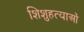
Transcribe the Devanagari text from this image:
शिशुहत्याओं